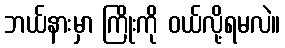
ဘယ်နားမှာ ကြိုးကို ဝယ်လို့ရမလဲ။